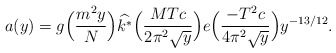
\begin{align*} a(y) =g\Big(\frac{m^2 y}{N}\Big)\widehat{k^*}\Big(\frac{MTc}{2 \pi^2 \sqrt{y}}\Big)e\Big(\frac{-T^2c}{4 \pi^2 \sqrt{y}}\Big)y ^{-{13}/{12}}.\end{align*}